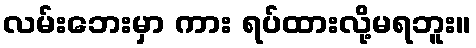
လမ်းဘေးမှာ ကား ရပ်ထားလို့မရဘူး။